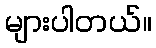
များပါတယ်။